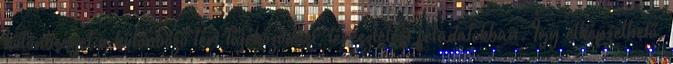
különbséget a különböző téri tájékozódási, térészlelési feladatokban. Így elképzelhető,